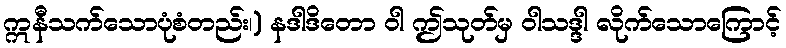
ဣနီသက်သောပုံစံတည်း၊) နဒါဒိတော ဝါ ဤသုတ်မှ ဝါသဒ္ဒါ လိုက်သောကြောင့်